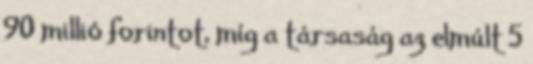
90 millió forintot, míg a társaság az elmúlt 5